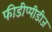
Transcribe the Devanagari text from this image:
फीडीप्पीडीज